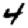
Digit: 4